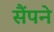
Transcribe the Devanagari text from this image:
सैंपने